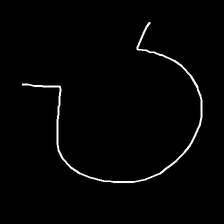
Glyph: weave